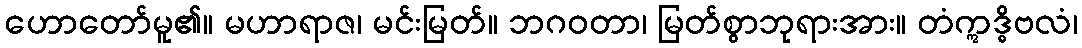
ဟောတော်မူ၏။ မဟာရာဇ၊ မင်းမြတ်။ ဘဂဝတာ၊ မြတ်စွာဘုရားအား။ တံဣဒ္ဓိဗလံ၊